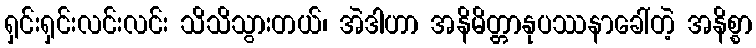
ရှင်းရှင်းလင်းလင်း သိသိသွားတယ်၊ အဲဒါဟာ အနိမိတ္တာနုပဿနာခေါ်တဲ့ အနိစ္စာ